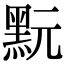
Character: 𪐬